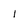
Character: I